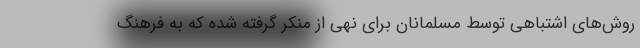
روش‌های اشتباهی توسط مسلمانان برای نهی از منکر گرفته شده که به فرهنگ